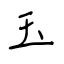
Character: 玉